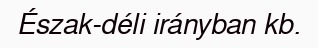
Észak-déli irányban kb.